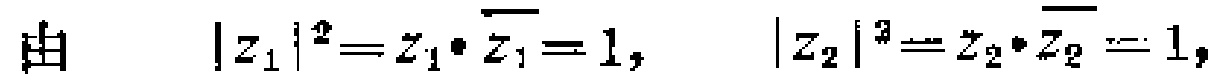
由 \(\left|z_{1}\right|^{2}=z_{1} \cdot \overline{z_{1}} = 1,\) \(\left|z_{2}\right|^{3}=z_{2} \cdot \overline{z_{2}} = 1,\)